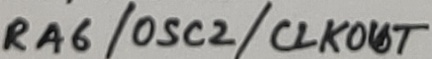
Text: RA6/OSC2/CLKOUT